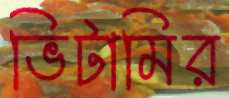
ভিটামির